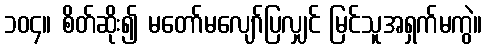
၁၀၄။ စိတ်ဆိုး၍ မတော်မလျော်ပြလျှင် မြင်သူအရှက်မကွဲ။